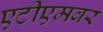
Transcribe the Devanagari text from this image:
एटीएमवर